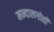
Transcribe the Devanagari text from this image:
मन्दालगोवी